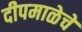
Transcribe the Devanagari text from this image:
दीपमाळेचे